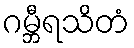
ဂမ္ဘီရသိတံ